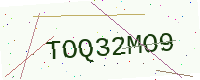
Text: TOQ32MO9